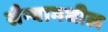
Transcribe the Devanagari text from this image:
सैन्यामधील